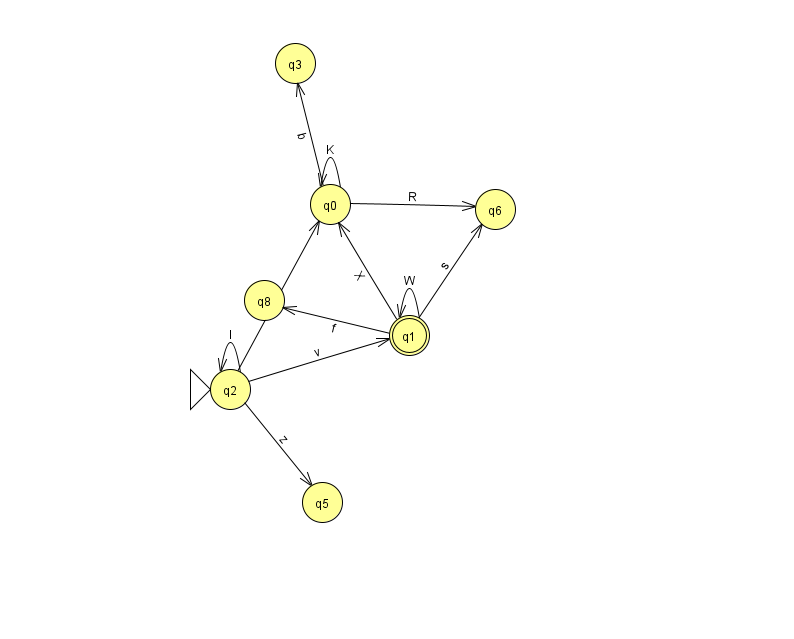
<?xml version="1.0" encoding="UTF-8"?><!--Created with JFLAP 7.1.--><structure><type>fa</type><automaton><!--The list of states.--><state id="0" name="q0"><x>330.0</x><y>191.0</y></state><state id="1" name="q1"><x>409.0</x><y>322.0</y><final/></state><state id="2" name="q2"><x>230.0</x><y>376.0</y><initial/></state><state id="3" name="q3"><x>295.0</x><y>50.0</y></state><state id="5" name="q5"><x>322.0</x><y>489.0</y></state><state id="6" name="q6"><x>495.0</x><y>196.0</y></state><state id="8" name="q8"><x>264.0</x><y>287.0</y></state><!--The list of transitions.--><transition><from>0</from><to>3</to><read>b</read></transition><transition><from>2</from><to>1</to><read>v</read></transition><transition><from>1</from><to>0</to><read>X</read></transition><transition><from>0</from><to>6</to><read>R</read></transition><transition><from>1</from><to>1</to><read>W</read></transition><transition><from>0</from><to>0</to><read>K</read></transition><transition><from>1</from><to>6</to><read>s</read></transition><transition><from>2</from><to>2</to><read>l</read></transition><transition><from>2</from><to>0</to><read>e</read></transition><transition><from>2</from><to>5</to><read>z</read></transition><transition><from>1</from><to>8</to><read>f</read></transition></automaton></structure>